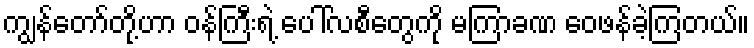
ကျွန်တော်တို့ဟာ ဝန်ကြီးရဲ့ ပေါ်လစီတွေကို မကြာခဏ ဝေဖန်ခဲ့ကြတယ်။